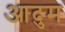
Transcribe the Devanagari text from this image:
आदुम